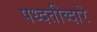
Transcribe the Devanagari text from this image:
पध्दतीव्दारे